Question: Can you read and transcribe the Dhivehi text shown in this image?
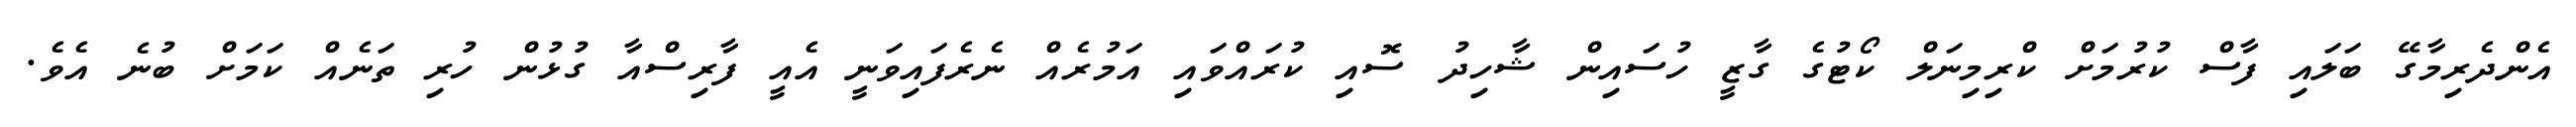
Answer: އެންދެރިމާގޭ ބަލައި ފާސް ކުރުމަށް ކްރިމިނަލް ކޯޓުގެ ގާޒީ ހުސައިން ޝާހިދު ސޮއި ކުރައްވައި އަމުރެއް ނެރެފައިވަނީ އެއީ ފާރިސްއާ ގުޅުން ހުރި ތަނެއް ކަމަށް ބުނެ އެވެ.